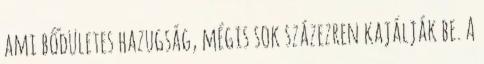
ami bődületes hazugság, mégis sok százezren kajálják be. A